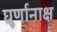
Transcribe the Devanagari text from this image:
घूर्णानाक्ष